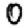
Digit: 0